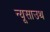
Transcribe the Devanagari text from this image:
न्यूसाउथ